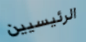
الرئيسيين